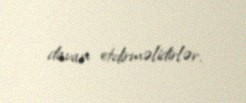
davan etdirməlidirlər.